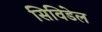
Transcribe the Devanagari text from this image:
सिविडेल